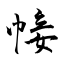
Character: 帹